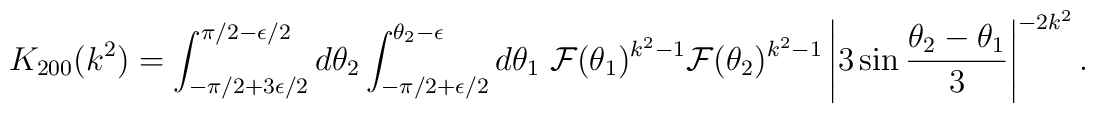
K_{200}(k^2)  = \int_{-\pi/2+3\epsilon/2}^{\pi/2-\epsilon/2} d \theta_2  \int_{-\pi/2+\epsilon/2}^{\theta_2-\epsilon} d \theta_1~  {\cal F}(\theta_1)^{k^2-1} {\cal F} (\theta_2)^{k^2-1}  \left| 3 \sin \frac{\theta_2 - \theta_1}{3}  \right|^{-2 k^2}.